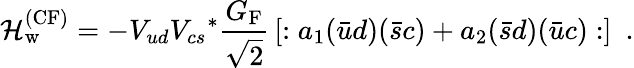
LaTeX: {\cal H}_{\mathrm{w}}^{\mathrm{(CF)}}=-V_{ud}{V_{cs}}^{*}{\frac{G_{\mathrm{F}}}{\sqrt{2}}}\left[:a_{1}({\bar{u}}d)({\bar{s}}c)+a_{2}({\bar{s}}d)({\bar{u}}c):\right]\ \ .